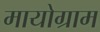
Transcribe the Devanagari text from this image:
मायोग्राम